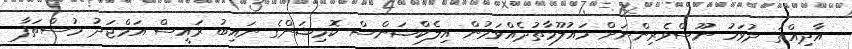
އާދިއްތަ ދުވަހު ނޫސްވެރިންނަށް މައުލޫމާތުދެއްވަމުން އިލެކްޝަންސް ކޮމިޝަންގެ ނައިބު ރައީސް އަމްޖަދު މުސްތަފާ